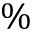
\%